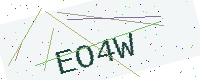
Text: EO4W